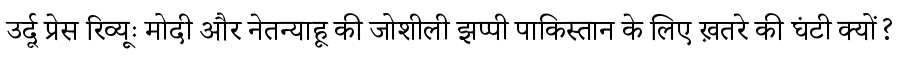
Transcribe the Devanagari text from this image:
उर्दू प्रेस रिव्यूः मोदी और नेतन्याहू की जोशीली झप्पी पाकिस्तान के लिए ख़तरे की घंटी क्यों?